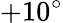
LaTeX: +10^{\circ}